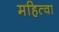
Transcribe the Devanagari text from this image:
महित्वा